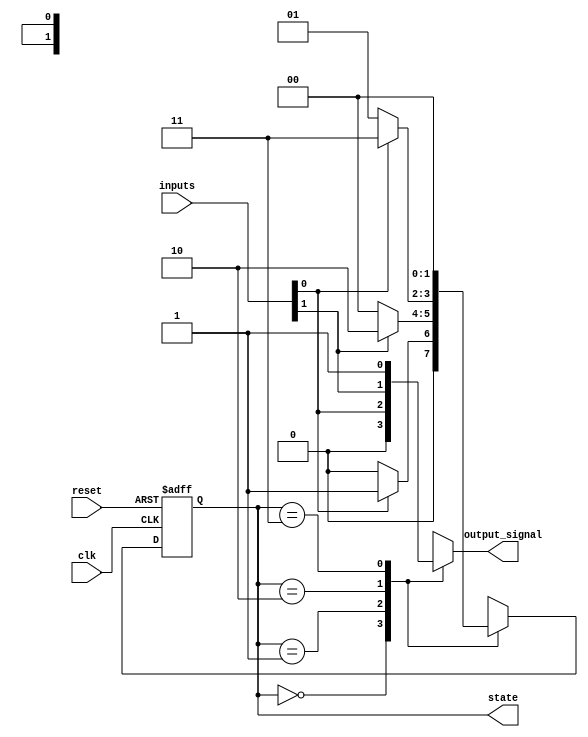
module N_bit_mealy_fsm #(
    parameter N = 2,  // Number of bits for state representation
    parameter M = 2   // Number of inputs
)(
    input wire clk,                  // Clock signal
    input wire reset,                // Asynchronous reset
    input wire [M-1:0] inputs,       // Input signals
    output reg [N-1:0] state,        // Current state output
    output reg output_signal          // Output signal
);

// Define the states
localparam STATE_0 = 2'b00;
localparam STATE_1 = 2'b01;
localparam STATE_2 = 2'b10;
localparam STATE_3 = 2'b11;

// State transition logic
always @(posedge clk or posedge reset) begin
    if (reset) begin
        state <= STATE_0;  // Reset state
    end else begin
        case (state)
            STATE_0: begin
                if (inputs[0]) 
                    state <= STATE_1;  // Transition to STATE_1
                else 
                    state <= STATE_0;  // Stay in STATE_0
            end
            
            STATE_1: begin
                if (inputs[1]) 
                    state <= STATE_2;  // Transition to STATE_2
                else 
                    state <= STATE_0;  // Return to STATE_0
            end
            
            STATE_2: begin
                if (inputs[0]) 
                    state <= STATE_3;  // Transition to STATE_3
                else 
                    state <= STATE_1;  // Return to STATE_1
            end
            
            STATE_3: begin
                state <= STATE_0;      // Transition back to STATE_0
            end
            
            default: state <= STATE_0; // Default state
        endcase
    end
end

// Output logic
always @(*) begin
    case (state)
        STATE_0: output_signal = 1'b0; // Output for STATE_0
        STATE_1: output_signal = inputs[0]; // Output for STATE_1 based on input
        STATE_2: output_signal = inputs[1]; // Output for STATE_2 based on input
        STATE_3: output_signal = 1'b1; // Output for STATE_3
        default: output_signal = 1'b0; // Default output
    endcase
end

endmodule